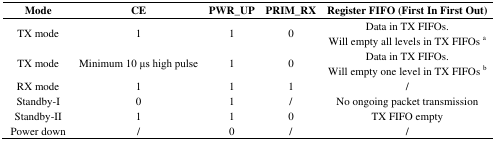
<table><thead><tr><td><b>Mode</b></td><td><b>CE</b></td><td><b>PWR_UP</b></td><td><b>PRIM_RX</b></td><td><b>Register FIFO (First In First Out)</b></td></tr></thead><tbody><tr><td>TX mode</td><td>1</td><td>1</td><td>0</td><td>Data in TX FIFOs.Will empty all levels in TX FIFOs <sup>a</sup></td></tr><tr><td>TX mode</td><td>Minimum 10 μs high pulse</td><td>1</td><td>0</td><td>Data in TX FIFOs.Will empty one level in TX FIFOs <sup>b</sup></td></tr><tr><td>RX mode</td><td>1</td><td>1</td><td>1</td><td>/</td></tr><tr><td>Standby-I</td><td>0</td><td>1</td><td>/</td><td>No ongoing packet transmission</td></tr><tr><td>Standby-II</td><td>1</td><td>1</td><td>0</td><td>TX FIFO empty</td></tr><tr><td>Power down</td><td>/</td><td>0</td><td>/</td><td>/</td></tr></tbody></table>